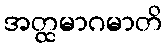
အတ္ထမာဂမာတိ